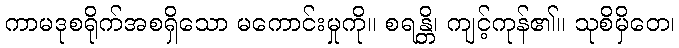
ကာမဒုစရိုက်အစရှိသော မကောင်းမှုကို။ စရန္တိ၊ ကျင့်ကုန်၏။ သုစိမှိတေ၊